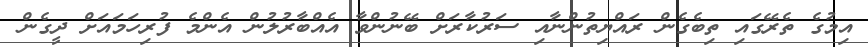
އިމުގެ ތެރޭގައި ތިބެގެން ރައްޔިތުންނާއި ސަރުކާރަށް ބޭނުންވާ އެއްބާރުލުން އެންމެ ފުރިހަމައަށް ދީގެން